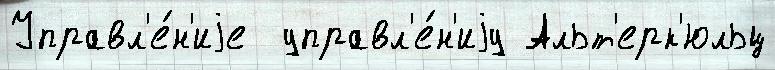
Управл'е́н'иjе  управл'е́н'иjу Альт'ерк'юльц